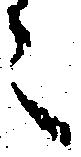
々